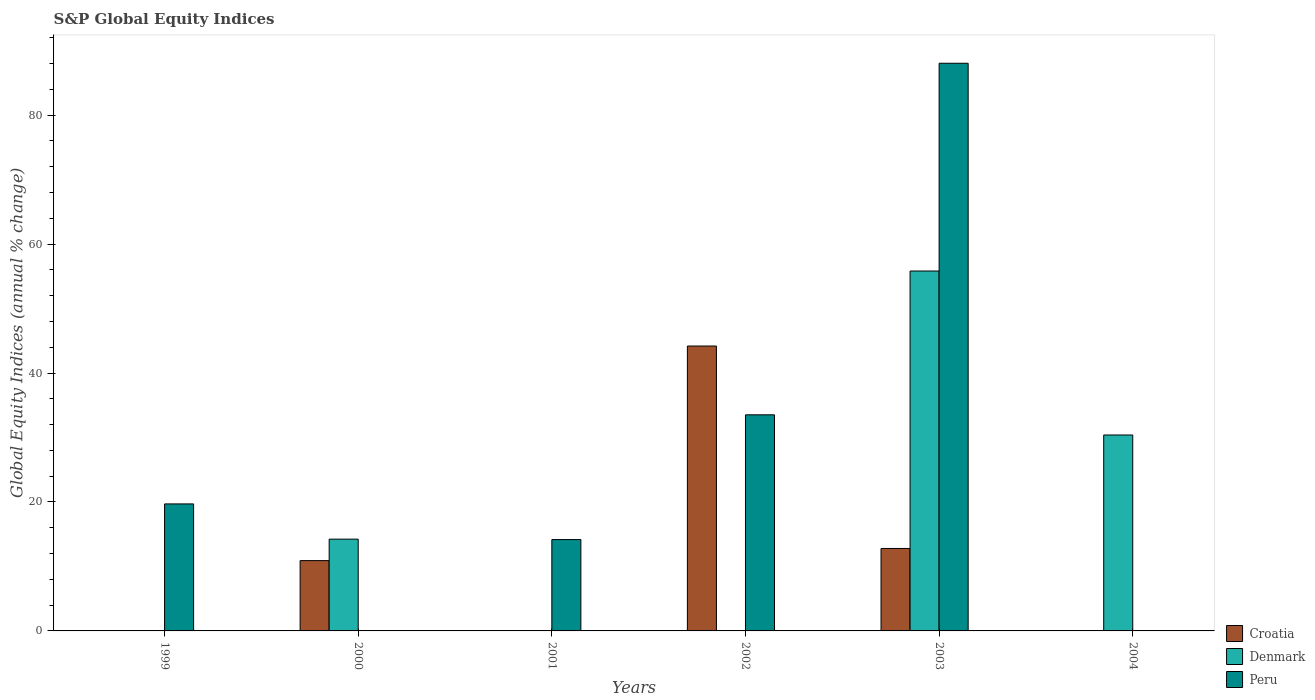
| Years | Croatia | Denmark | Peru |
 | --- | --- | --- | --- |
 | 1999 | -18.1 | -0.0751 | 19.7 |
 | 2000 | 10.9 | 14.2 | -28.1 |
 | 2001 | -3.51 | -16.8 | 14.2 |
 | 2002 | 44.2 | -12.3 | 33.5 |
 | 2003 | 12.8 | 55.8 | 88.1 |
 | 2004 | -7.7 | 30.4 | -0.7 |